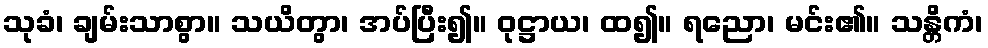
သုခံ၊ ချမ်းသာစွာ။ သယိတွာ၊ အပ်ပြီး၍။ ဝုဋ္ဌာယ၊ ထ၍။ ရညော၊ မင်း၏။ သန္တိကံ၊